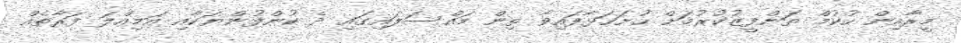
މީރާއިން ހުކުމް ތަންފީޒުކުރުމަށް ހުށަހަޅާފައިވާ ތިން މައްސަލައިގައި ދެ ކުންފުންޔަކާއި އަމިއްލަ ފަރާތެއް